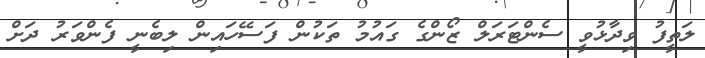
ލަތީފު ވިދާޅުވީ ސެންޓަރަލް ޒޯންގެ ގައުމު ތަކުން ފަސޭހައިން ލިބެނީ ފެންވަރު ދަށް